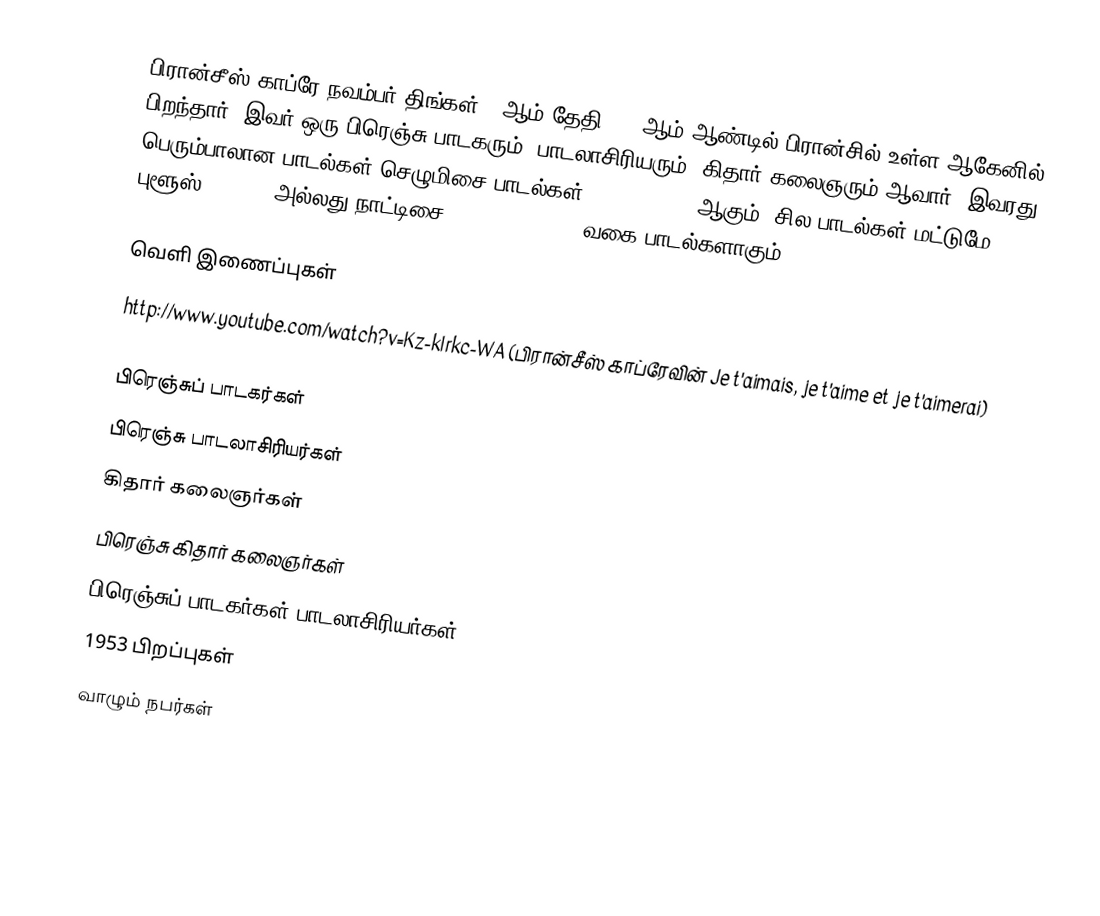
பிரான்சீஸ் காப்ரே நவம்பர் திங்கள் 23ஆம் தேதி 1953ஆம் ஆண்டில் பிரான்சில் உள்ள ஆகேனில் பிறந்தார். இவர் ஒரு பிரெஞ்சு பாடகரும், பாடலாசிரியரும், கிதார் கலைஞரும் ஆவார். இவரது பெரும்பாலான பாடல்கள் செழுமிசை பாடல்கள் (Folk songs) ஆகும்; சில பாடல்கள் மட்டுமே புளூஸ் (Blues) அல்லது நாட்டிசை (Country music) வகை பாடல்களாகும்.

வெளி இணைப்புகள்
http://www.youtube.com/watch?v=Kz-kIrkc-WA (பிரான்சீஸ் காப்ரேவின் Je t'aimais, je t'aime et je t'aimerai)

பிரெஞ்சுப் பாடகர்கள்
பிரெஞ்சு பாடலாசிரியர்கள்
கிதார் கலைஞர்கள்
பிரெஞ்சு கிதார் கலைஞர்கள்
பிரெஞ்சுப் பாடகர்கள்-பாடலாசிரியர்கள்
1953 பிறப்புகள்
வாழும் நபர்கள்